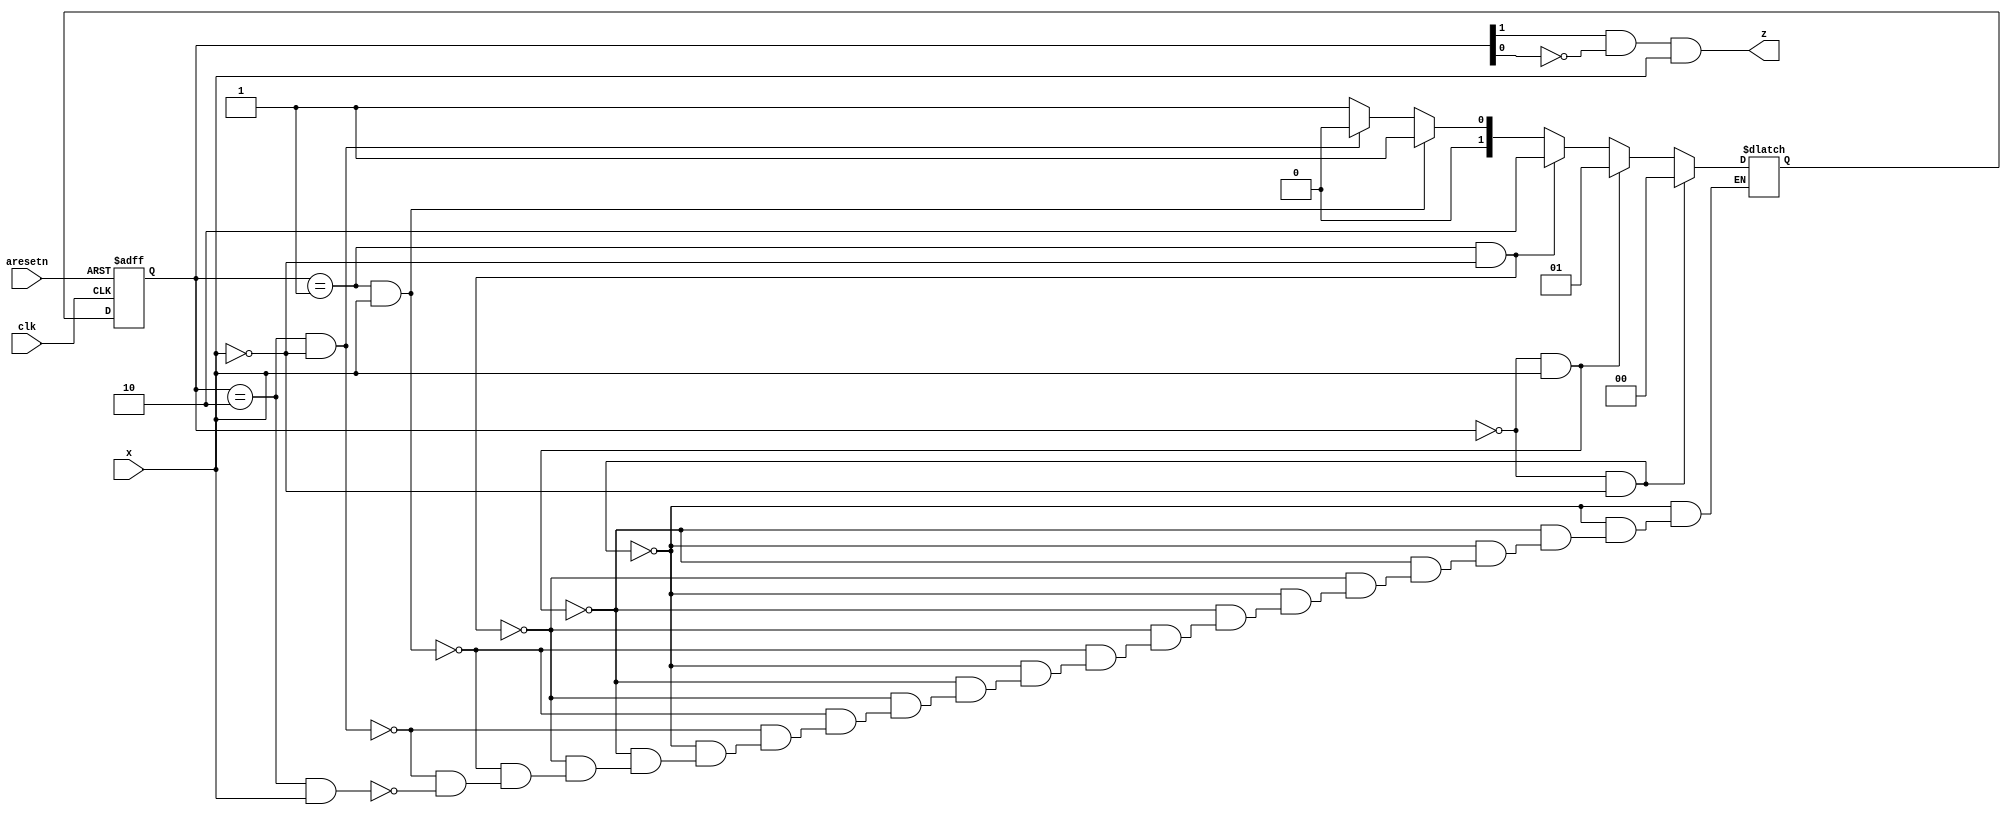
/*Implement a Mealy-type finite state machine that recognizes the sequence "101" on an input signal named x. Your FSM should have an output signal, z, that is asserted to logic-1 when the "101" sequence is detected. Your FSM should also have an active-low asynchronous reset. You may only have 3 states in your state machine. Your FSM should recognize overlapping sequences.
*/
module top_module (
    input clk,
    input aresetn,    // Asynchronous active-low reset
    input x,
    output z ); 
parameter s0=2'b00,s1=2'b01,s2=2'b10;
    reg [1:0]state,next_state;
    always@(*)
        begin       
            if(state==s0 && x==0)
                next_state=s0;
            else if(state==s0 && x==1)
                next_state=s1;
            else if(state==s1 && x==0)
                next_state=s2;
            else if(state==s1 && x==1)
                next_state=s1;
            else if(state==s2 && x==0)
                next_state=s0;
            else if(state==s2 && x==1)
                next_state=s1;
        end
    always@(posedge clk,negedge aresetn)
        begin
            if(!aresetn)
                state=s0;
            else
                state<=next_state;
        end
    assign z= state[1]&(~state[0])&x;
            
endmodule